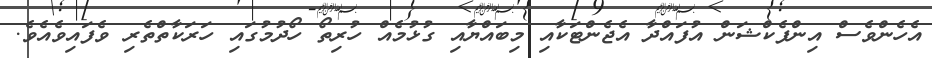
އެހެންވެސް އިންފެކްޝަން އުފައްދާ އެޖެންޓަކާއި މިބައްޔާއި ގުޅުމެއް ހުރިތޯ ހޯދުމުގައި ހަރަކާތްތެރި ވެފައިވެއެވެ.